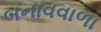
બનાવવાળા